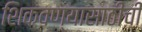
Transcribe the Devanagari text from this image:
शिकवण्यासाठीची